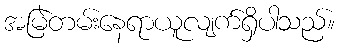
အမြဲတမ်းနေရာယူလျက်ရှိပါသည်။